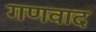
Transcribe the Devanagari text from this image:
गणवाद